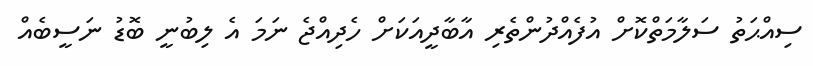
ސިއްޙަތު ސަލާމަތްކޮށް އުފެއްދުންތެރި އާބާދީއަކަށް ހެދިއްޖެ ނަމަ އެ ލިބުނީ ބޮޑު ނަސީބެއް